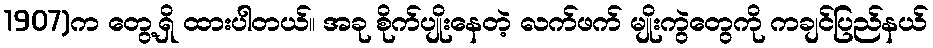
1907)က တွေ့ရှိ ထားပါတယ်။ အခု စိုက်ပျိုးနေတဲ့ လက်ဖက် မျိုးကွဲတွေကို ကချင်ပြည်နယ်